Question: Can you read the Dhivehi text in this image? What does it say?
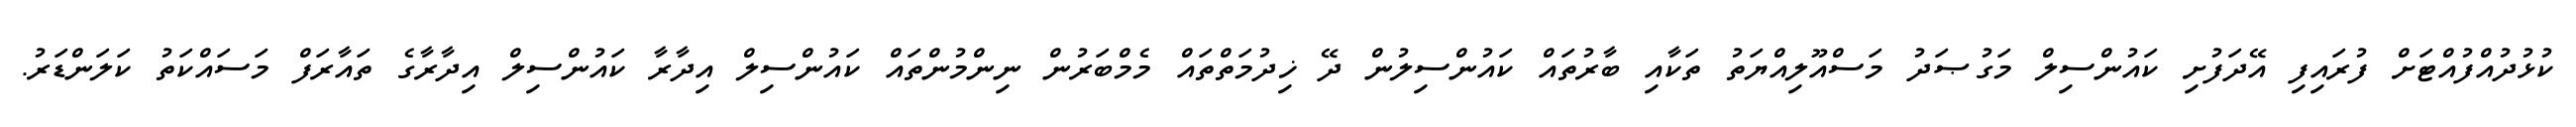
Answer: ކުޅުދުއްފުއްޓަށް ފުރައިފި އޭދަފުށި ކައުންސިލް މަގުޞަދު މަސްއޫލިއްޔަތު ތަކާއި ބާރުތައް ކައުންސިލުން ދޭ ޚިދުމަތްތައް މެމްބަރުން ނިންމުންތައް ކައުންސިލް އިދާރާ ކައުންސިލް އިދާރާގެ ތައާރަފް މަސައްކަތު ކަލަންޑަރު.